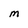
Character: m